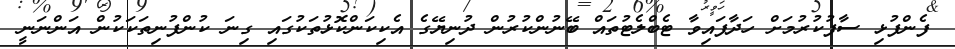
ފެންފުޅި ސާފުކުރުމަށް ހަދާފައިވާ ޓެބްލެޓުތައް ބޭނުންކުރުން ދުނިޔޭގެ އެކިކަންކޮޅުތަކުގައި ގިނަ ކުންފުނިތަކަކުން އަންނަނީ